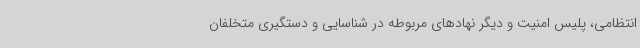
انتظامی، پلیس امنیت و دیگر نهادهای مربوطه در شناسایی و دستگیری متخلفان